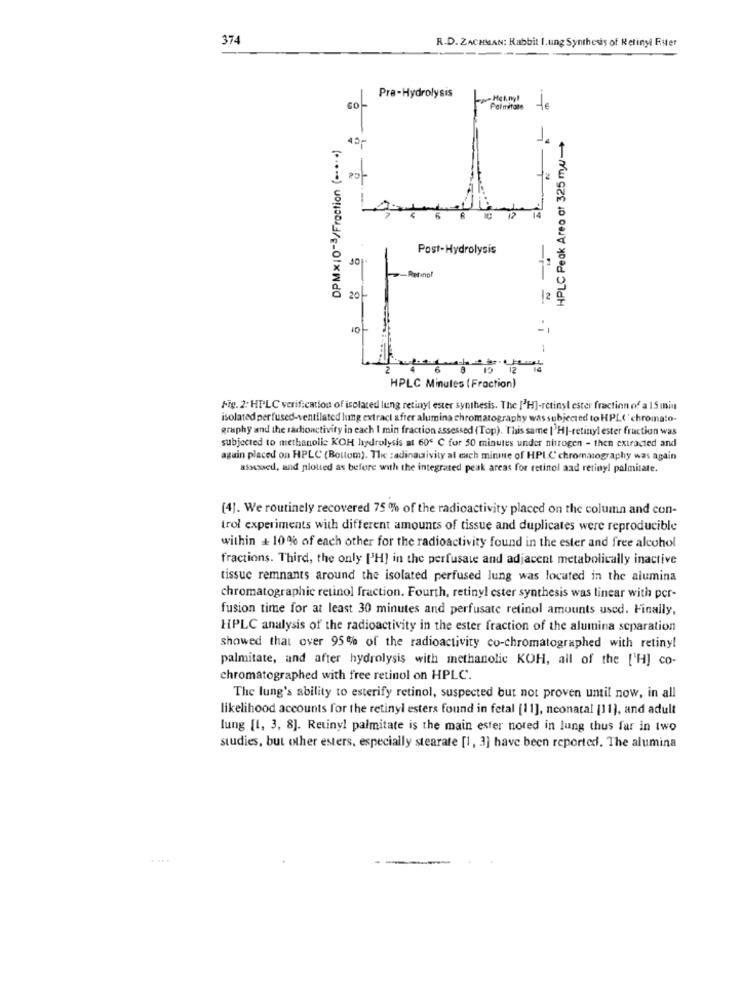
374
R.D. ZACHMAN: Rabbit I.ung Synthesis of Retinyl Rister
Pre-Hydrolysis
-Henny
Palmitate
HPLC Peak Areo at 325 ml
DPMx10-3/Fraction ( -.... )
42
12
Post-Hydrolysis
30
20
12
10
***====
HPLC Minutes (Fraction)
Fig. 2: HPLC verification of isolated lung retinyl ester synthesis. The ['H]-retinyl ester fraction of a 15 min
isolated perfused-ventilated lung extract after alumina chromatography was subjected to HPL(' chromato-
graphy and the raconctivity in each I min fraction assessed (Top). This same ['HJ-retinyl ester fraction was
subjected to methanolis KOH hydrolysis at 60º C for 50 minutes under nitrogen - then extracted and
again placed on HPLC (Bouom). The zadinauivity al euch minie of HPLC' chromatography was again
assessed, and plotted as before with the integrated peak areas for retinol aad retinyl palmitate.
[4]. We routinely recovered 75 % of the radioactivity placed on the column and con-
trol experiments with different amounts of tissue and duplicates were reproducible
within + 10% of each other for the radioactivity found in the ester and free alcohol
fractions. Third, the only [H] in the perfusate and adjacent metabolically inactive
tissue remnants around the isolated perfused lung was located in the alumina
chromatographic retinol fraction. Fourth, retinyl ester synthesis was linear with per-
fusion time for at least 30 minutes and perfusate retinol amounts used. Finally,
HPLC analysis of the radioactivity in the ester fraction of the alumina separation
showed that over 95% of the radioactivity co-chromatographed with retiny!
palmitate, and after hydrolysis with methanolic KOH, all of the ['H] co-
chromatographed with free retinol on HPLC.
The lung's ability to esterify retinol, suspected but not proven until now, in all
likelihood accounts for the retinyl esters found in fetal [11], neonatal [11], and adult
lung [1, 3, 8]. Retinyl palmitate is the main ester noted in lung thus far in two
studies, but other esters, especially stearate [1, 3] have been reported. The alumina